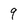
Character: 9